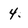
Character: 4